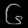
Digit: ၆